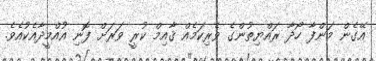
އޭގެން މަންފާ ހޯދާ ރައްޔިތުންގެ ވެރިކަމެއް ޤާއިމް ކުރީ ވަރަށް ފޮނި އުއްމީދާއެކުއެވެ.